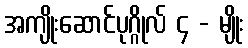
အကျိုးဆောင်ပုဂ္ဂိုလ် ၄ - မျိုး